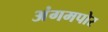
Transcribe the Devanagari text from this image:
अंगमपोर